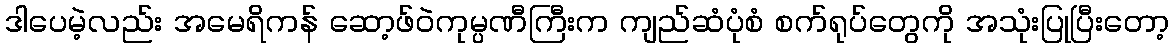
ဒါပေမဲ့လည်း အမေရိကန် ဆော့ဖ်ဝဲကုမ္ပဏီကြီးက ကျည်ဆံပုံစံ စက်ရုပ်တွေကို အသုံးပြုပြီးတော့